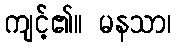
ကျင့်၏။ မနသာ၊